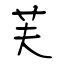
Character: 芙